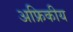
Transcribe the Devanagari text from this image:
अफ्रिकीय